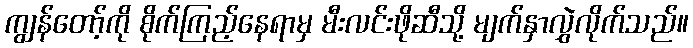
ကျွန်တော့်ကို စိုက်ကြည့်နေရာမှ မီးလင်းဖိုဆီသို့ မျက်နှာလွှဲလိုက်သည်။